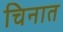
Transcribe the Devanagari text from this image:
चिनात